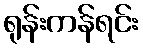
ရုန်းကန်ရင်း